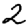
Digit: 2